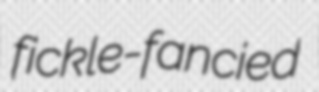
fickle-fancied